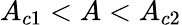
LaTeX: A_{c1}<A<A_{c2}